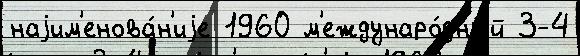
наjим'енова́н'иjе 1960 м'еждунаро́дный 3-4